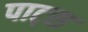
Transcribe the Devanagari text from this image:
पाट्स